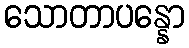
သောတာပန္နော